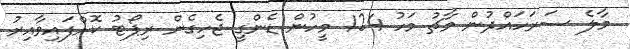
މާލެ ސަރަހައްދުން މާޗު މަހު 124 މީހުން ޑެންގީ ޖެހިގެން ރިޕޯޓު ކޮށްފައިވާއިރު